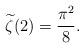
LaTeX: \begin{align*}\widetilde{\zeta}(2) = \frac{\pi^2}{8}.\end{align*}